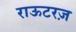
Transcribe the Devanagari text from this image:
राऊटरज़